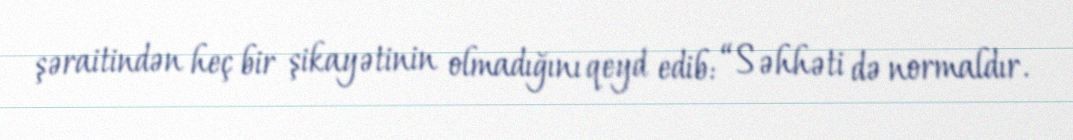
şəraitindən heç bir şikayətinin olmadığını qeyd edib: “Səhhəti də normaldır.